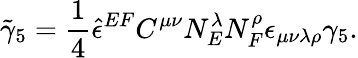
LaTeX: {\tilde{\gamma}_{5}}=\frac 14{\hat{\epsilon}}^{EF}C^{\mu\nu}N_{E}^{\lambda}N_{F}^{\rho}\epsilon_{\mu\nu\lambda\rho}\gamma_{5}.